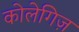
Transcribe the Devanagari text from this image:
कोलेगिज़